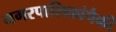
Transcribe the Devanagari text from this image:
नगरपालिकांपैकी